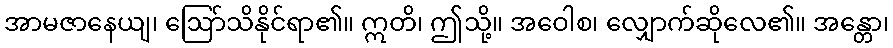
အာမဇာနေယျ၊ ဩော်သိနိုင်ရာ၏။ ဣတိ၊ ဤသို့။ အဝေါစ၊ လျှောက်ဆိုလေ၏။ အန္တော၊